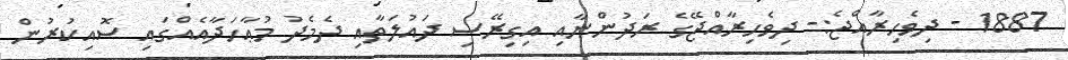
1887 - ދިވެހިރާއްޖެ:- ދިވެހިރާއްޖޭގެ ރަދުންނާއި އިގިރޭސި ދައުލަތާއި ދެމެދު މުޢާހަދާއެއްގައި ސޮއިކުރުން